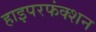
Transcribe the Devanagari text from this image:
हाइपरफंक्शन